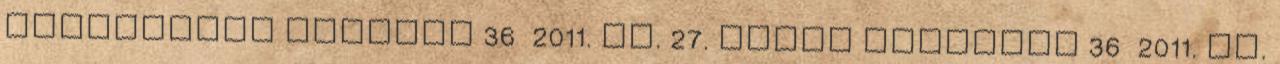
Fekvőbeteg ellátás 36 2011. VI. 27. NEFMI rendelet 36 2011. VI.